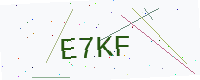
Text: E7KF